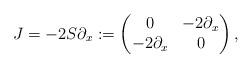
LaTeX: \begin{align*}J = - 2 S \partial_x := \begin{pmatrix} 0 & - 2 \partial_x \\ - 2 \partial_x & 0 \end{pmatrix},\end{align*}